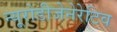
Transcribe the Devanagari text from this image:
न्यूरोडीजेनेरेटिव